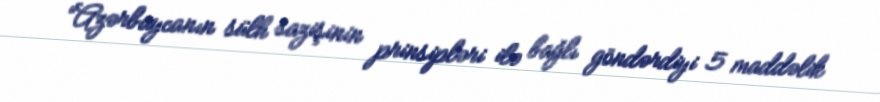
“Azərbaycanın sülh sazişinin prinsipləri ilə bağlı göndərdiyi 5 maddəlik